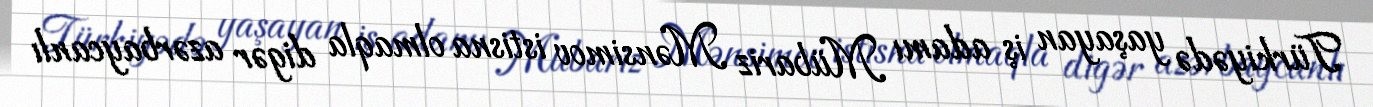
Türkiyədə yaşayan iş adamı Mübariz Mənsimov istisna olmaqla digər azərbaycanlı